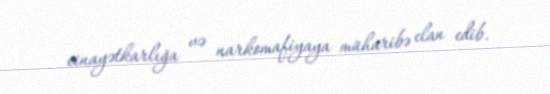
cinayətkarlığa və narkomafiyaya müharibə elan edib.